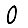
Digit: 0